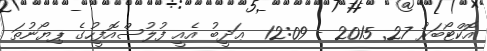
އޮކްޓޯބަރު 27